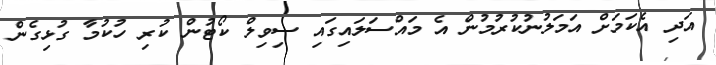
އަދި އެކަމަށް އަމަލުނުކުރުމުން އެ މައްސަލައިގައި ސިވިލް ކޯޓުން ކުރި ހުކުމާ ގުޅިގެން